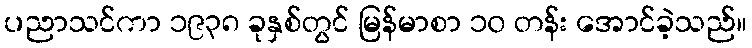
ပညာသင်ကာ ၁၉၃၈ ခုနှစ်တွင် မြန်မာစာ ၁၀ တန်း အောင်ခဲ့သည်။